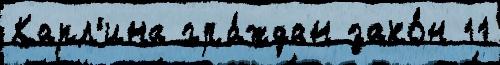
Капл'ина гра́ждан зако́н 11